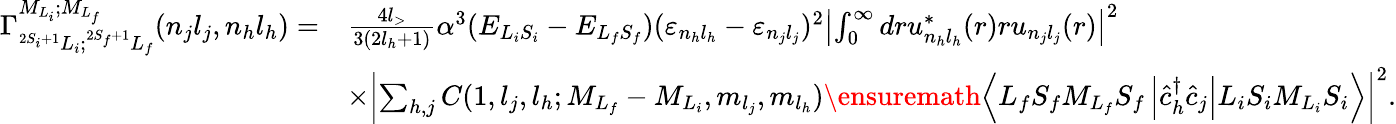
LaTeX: \begin{array}{rl}{{\Gamma}_{^{2S_{i}+1}L_{i};^{2S_{f}+1}L_{f}}^{{M}_{{L}_{i}};{M}_{{L}_{f}}}(n_{j}l_{j},n_{h}l_{h})=}&{\frac{4l_{>}}{3(2l_{h}+1)}\alpha^{3}({E}_{L_{i}S_{i}}-{E}_{L_{f}S_{f}}){({\varepsilon}_{n_{h}l_{h}}-{\varepsilon}_{n_{j}l_{j}})^{2}}\left\vert\int_{0}^{\infty}dr{u}_{n_{h}{l}_{h}}^{\ast}(r)r{u}_{{n_{j}}{l_{j}}}(r)\right\vert^{2}}\\ &{\times\left\vert\sum_{h,j}C(1,{l}_{j},l_{h};{M}_{{L}_{f}}-{M}_{{L}_{i}},{m}_{{l}_{j}},{m}_{l_{h}})\ensuremath{\left\langle{L}_{f}{S}_{f}{M}_{{L}_{f}}{{S}_{f}}\left\lvert{\hat{c}}_{h}^{\dagger}{\hat{c}}_{j}\right\rvert{L}_{i}{S}_{i}{M}_{{L}_{i}}{S}_{i}\right\rangle}\right\vert^{2}.}\end{array}